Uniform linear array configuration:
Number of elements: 32
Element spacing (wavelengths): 1
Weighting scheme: kaiser
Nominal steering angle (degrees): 30
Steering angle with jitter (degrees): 28.606
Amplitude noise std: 0.05
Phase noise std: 0.05

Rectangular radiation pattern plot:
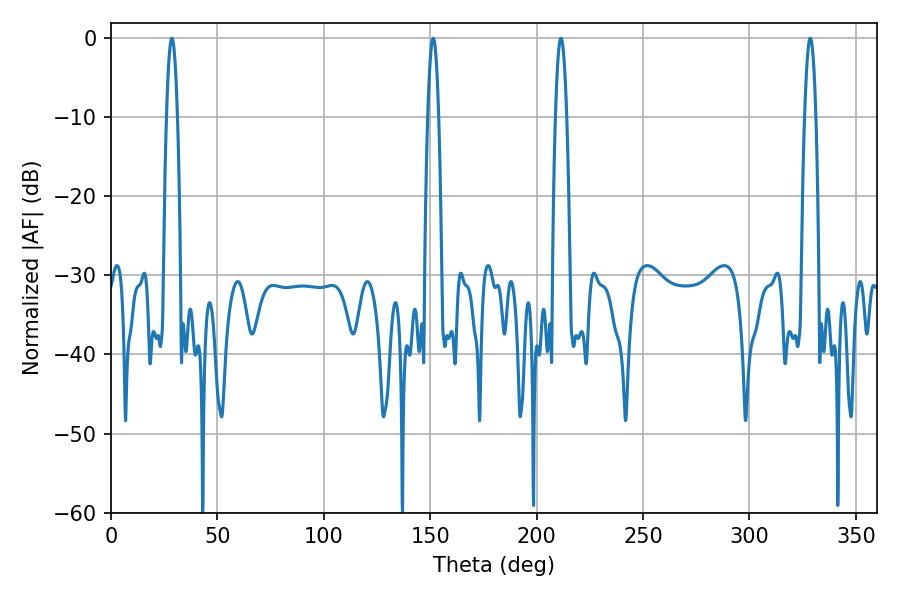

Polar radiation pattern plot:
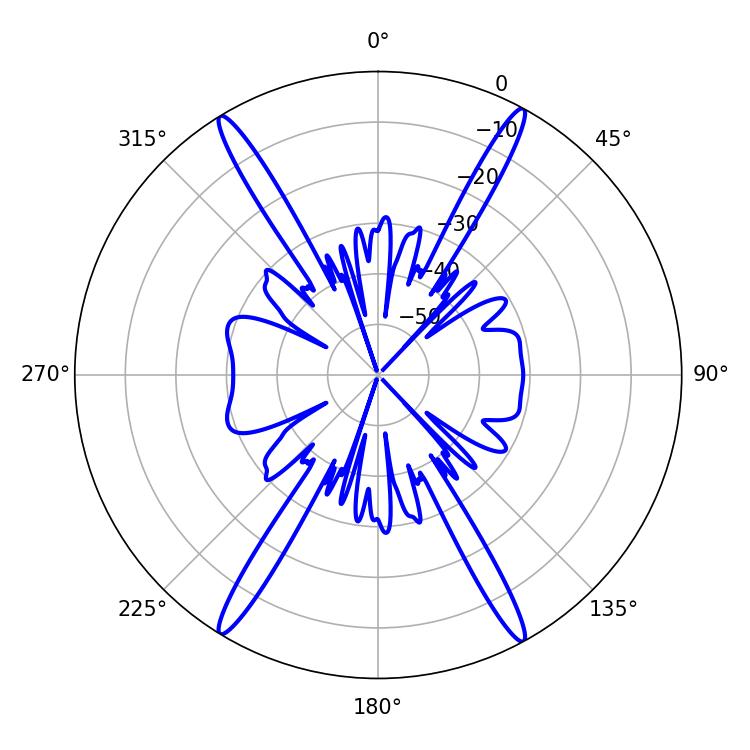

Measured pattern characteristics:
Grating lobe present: TRUE
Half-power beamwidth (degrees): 2.88
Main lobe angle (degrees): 28.62